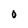
Character: O